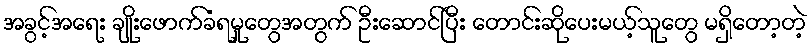
အခွင့်အရေး ချိုးဖောက်ခံရမှုတွေအတွက် ဦးဆောင်ပြီး တောင်းဆိုပေးမယ့်သူတွေ မရှိတော့တဲ့